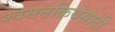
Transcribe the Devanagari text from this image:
श्वसनक्रियेसाठी